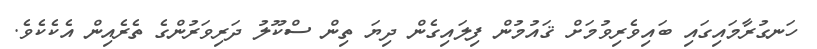
ހަނގުރާމައިގައި ބައިވެރިވުމަށް ޤައުމުން ފިލައިގެން ދިޔަ ތިން ސްކޫލު ދަރިވަރުންގެ ތެރެއިން އެކެކެވެ.